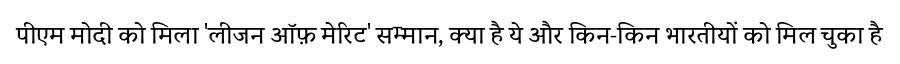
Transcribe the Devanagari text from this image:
पीएम मोदी को मिला 'लीजन ऑफ़ मेरिट' सम्मान, क्या है ये और किन-किन भारतीयों को मिल चुका है